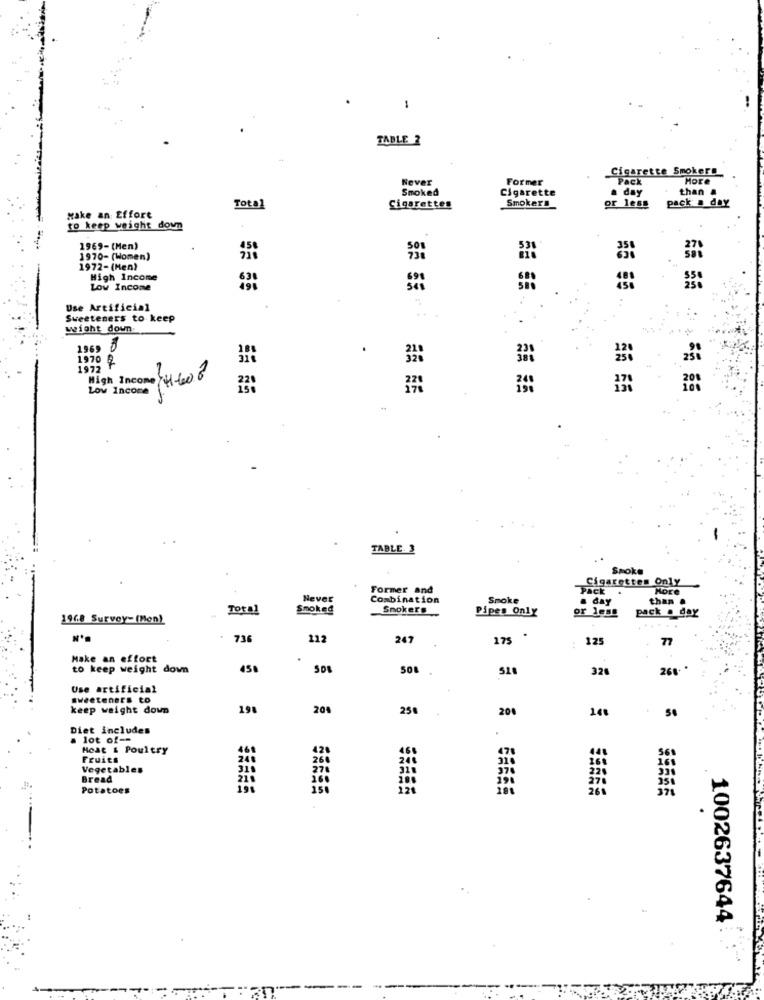
TABLE 2
Cigarette Smokers
Never
Former
Pack
More
Smoked
Cigarette
day
han &
Smokers
pack . day
Total
Cigarettes
or less
Make an Effort
to keep weight down
1969-(Men)
1970- (Women)
1972-(Men)
High Income
Low Income
Use Artificial
Sweeteners to keep
...
weight down
1969
.
1970 Q
1972 ₸
Low Income
TABLE. 3
Smoke
Cigarettes Only
Former and
Pack
More
Never
Combination
Smoke
& day
than .
Total
Smoked
Smokers
Pipes Only
or less
pack . day
1968 Survey- (Mon)
N ··
736
112
247
175
125
77
Make an effort
to keep weight down
430
508
32
268- *
Use artificial
Sweeteners to
keep weight down
198
20%
250
200
140
Diet includes
.
lot of --
Hoat & Poultry
460
Fruits
240
Vegetables
Bread
210
Potatoes
191
26
.
.
1002637644